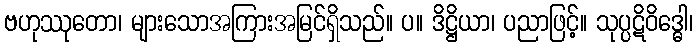
ဗဟုဿုတော၊ များသောအကြားအမြင်ရှိသည်။ ပ။ ဒိဋ္ဌိယာ၊ ပညာဖြင့်။ သုပ္ပဋိဝိဒ္ဓေါ၊